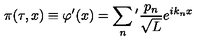
\pi ( \tau , x ) \equiv \varphi ^ { \prime } ( x ) = \sum _ { n } { } ^ { \prime } \frac { p _ { n } } { \sqrt { L } } e ^ { i k _ { n } x }